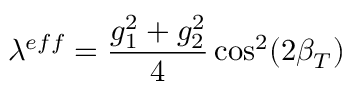
\lambda ^ { e f f } = \frac { g _ { 1 } ^ { 2 } + g _ { 2 } ^ { 2 } } { 4 } \cos ^ { 2 } ( 2 \beta _ { T } )